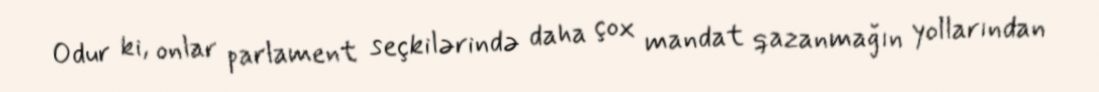
Odur ki, onlar parlament seçkilərində daha çox mandat qazanmağın yollarından